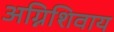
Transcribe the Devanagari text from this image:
अग्निशिवाय